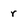
Character: r